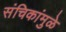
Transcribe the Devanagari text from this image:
संचिकांमुळे